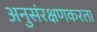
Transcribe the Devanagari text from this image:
अनुसंरक्षणकरता